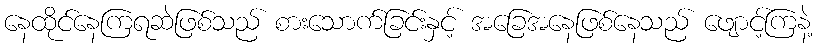
နေထိုင်နေကြရဆဲဖြစ်သည် စားသောက်ခြင်းနှင့် အခြေအနေဖြစ်နေသည် ဖျောင့်ကြနဲ့